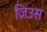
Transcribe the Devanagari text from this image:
ज़िउस